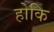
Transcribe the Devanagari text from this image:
होकि